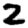
Digit: 2